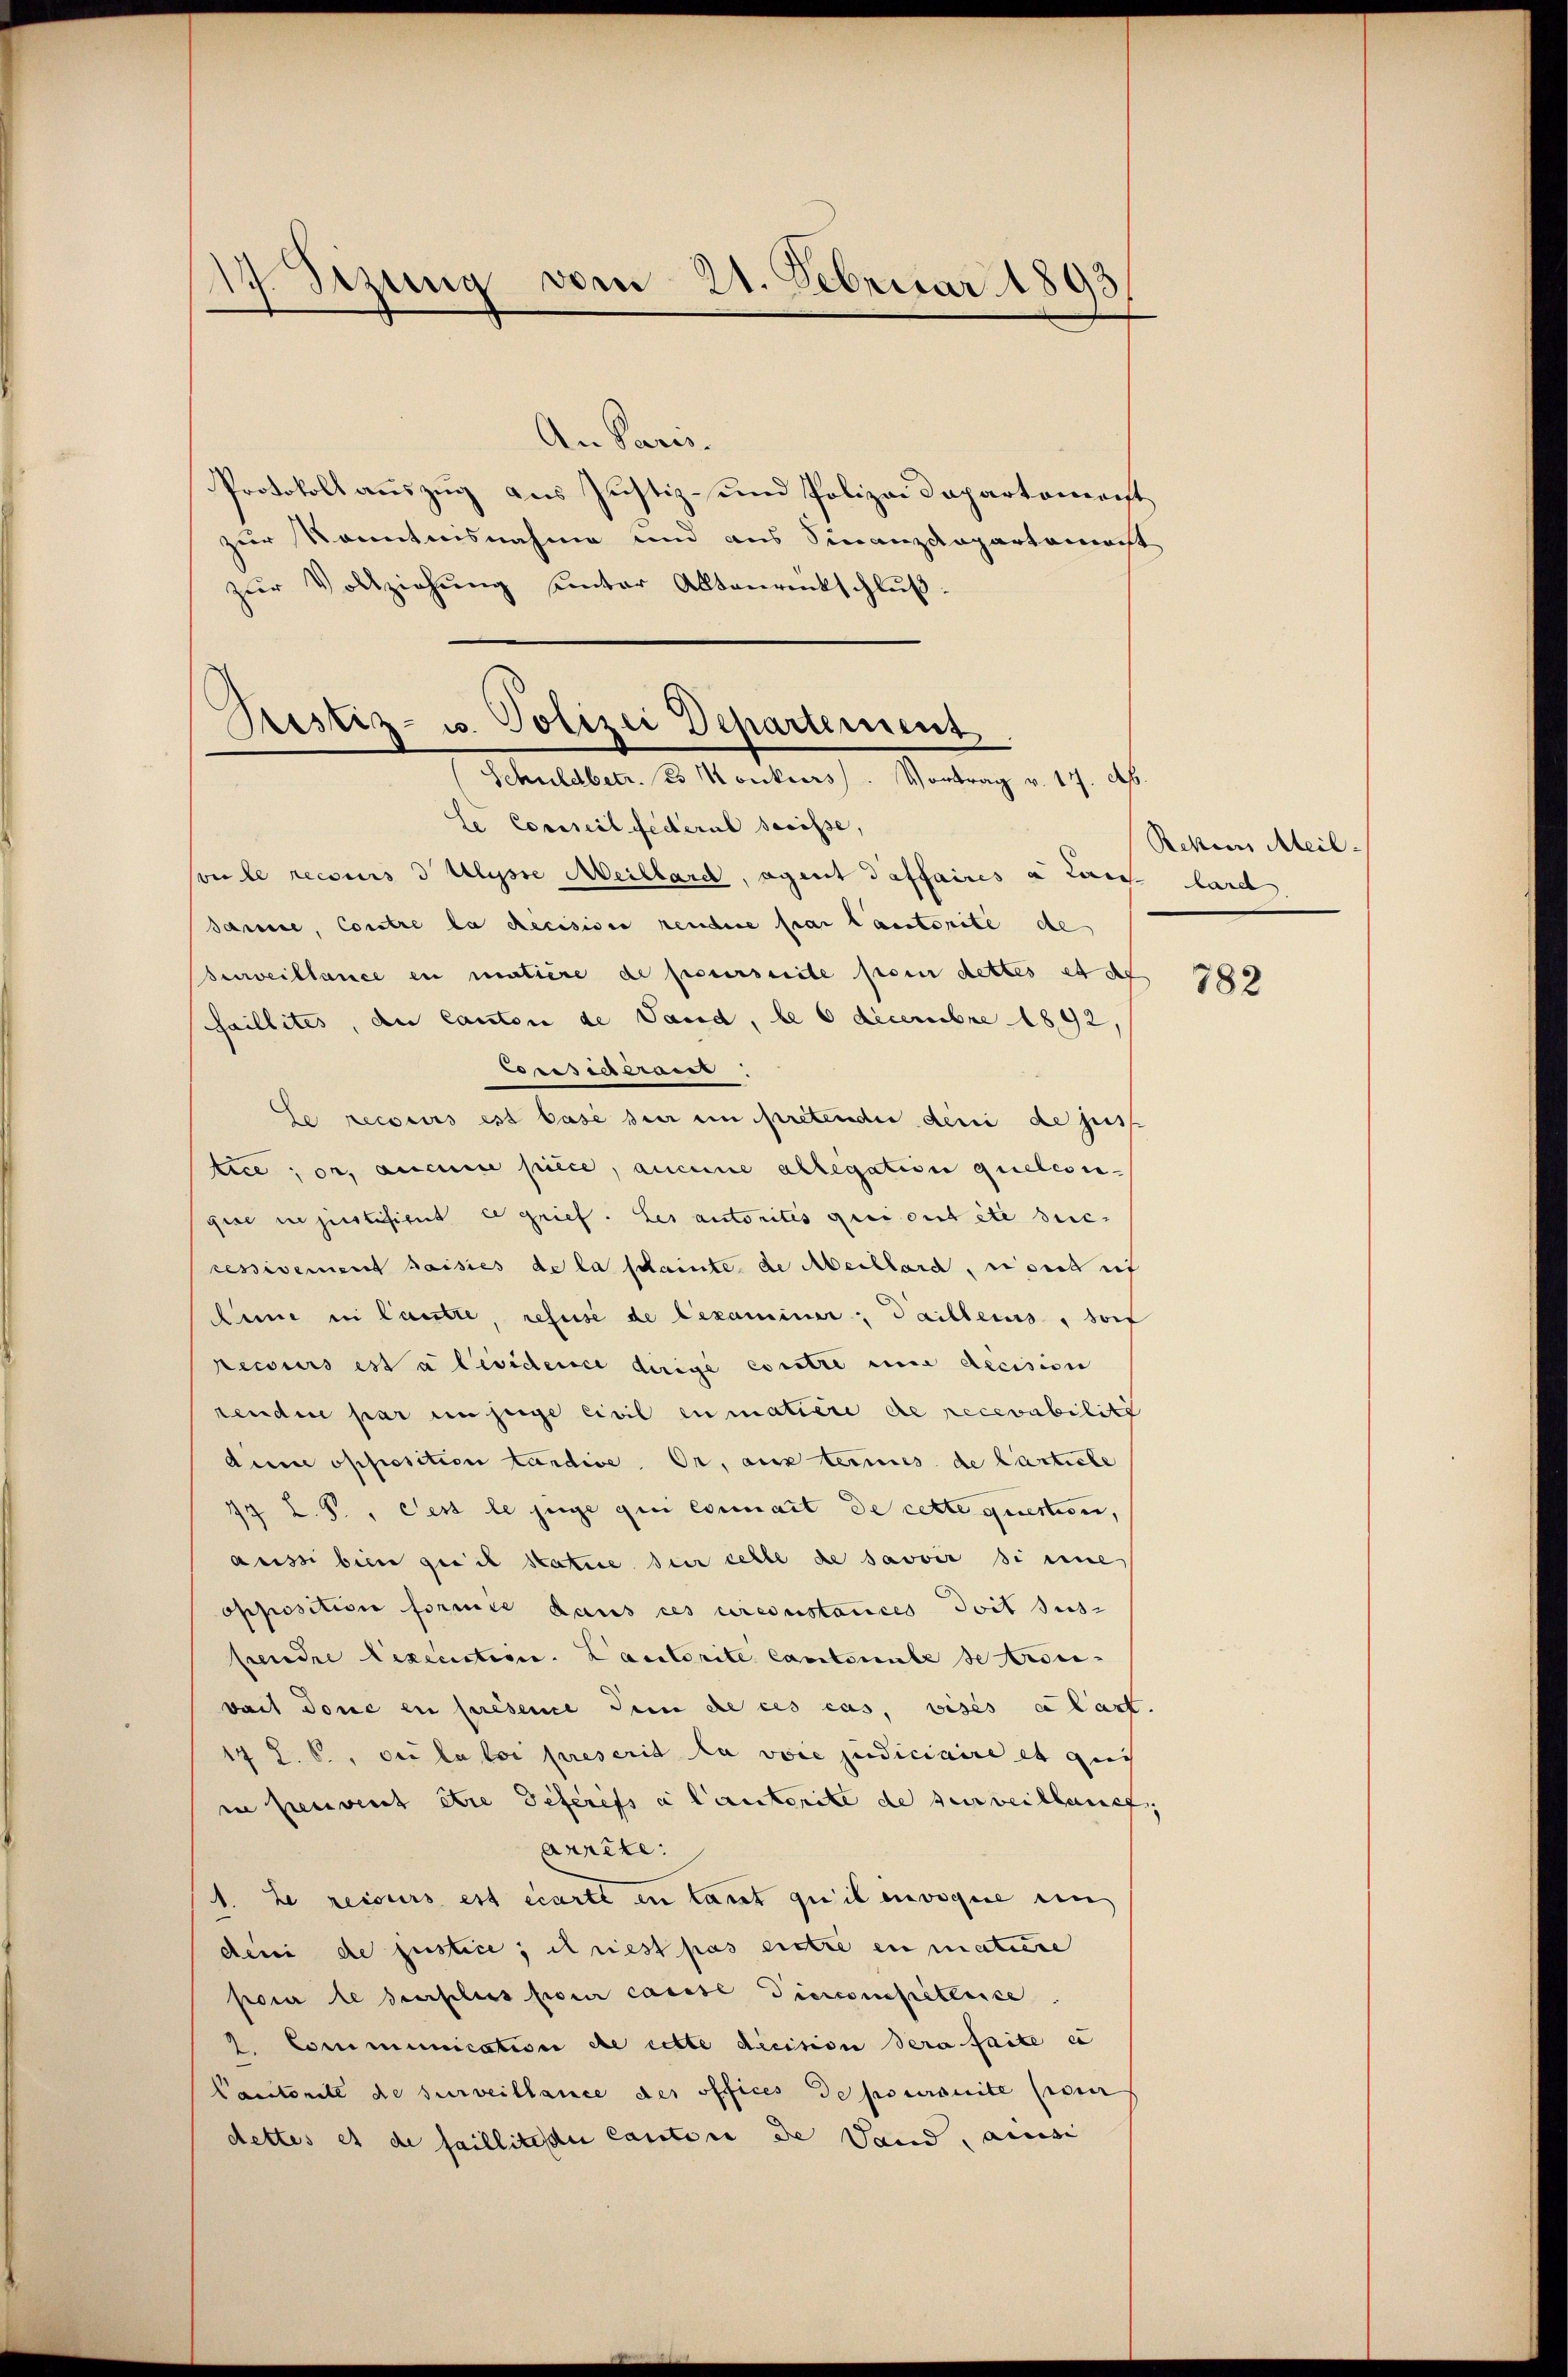
d
Sizung vom 21. Februar 1893

An Paris.
Protokoll auszug aus Justiz- und Polizei dapartoment
zur Kenntnisnahme und aus Finanzdepartamocht
zŭr Vollziehŭng ŭnter Altanrückschlŭβ:

Pestiz- u. Polizei Departement
(Schuldbetr. 33 Konkurs. Vortrag v. 17. A.
d

te Cossseil Federal Secesse,
vie le recours 3 Ulysse Meillard, agent daffaires a lais laid
darine, Contre la decisione rendere par lautorite de
surveillance en matière de poursuite poin dettes et de
saillites, den Canton de Land, le 6 Decembre 1892,
Corisieraus,
Le recours est base der in pretender deni de sist.
tice, or. aucune piece, aucune allegation quelesegise in justifient es grief. Les autorités qui ont été suc-
cessivement saisies de la scheinte de Meillard, sich auf
Anne in laute, refuse de Bexaminer; dailleurs, sof
recours est a lesidence dirige contre eine decision
rendue par unzeige civil eumatière de recevabiliti
dune opposition landise. Or, aus termes de lastiche
17 L. S., Pest le juge qui eximnait de cette question,
aussi bien qu’il statise der selbe de savoir si eine
opposition formie dans ces urcoustances doit siche
perdre Lexecutive. Lautorite Cantonale se trou-
vait done en présence dein de ces cas, visés a last
17 Z. 6., die la loi prescrit la voie judiciaire et quis
ie peuvent être deferifs à l’autorite de surveillanch
arrête:
1. Le recours est écarte en laut quil invoque ein
deni de justice; il riest pas erstre en mature
pour le perplus pour casse Tierconfitleise.
2. Communication de cette dicision Sera faite e
Cantonite de surveillance des offices de poursuite sie
dettes et de faillitische Cantone de Land, au

Rekurs Meil

782